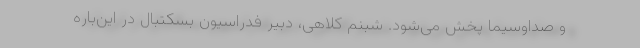
و صداوسیما پخش می‌شود. شبنم کلاهی، دبیر فدراسیون بسکتبال در این‌باره